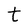
Character: t